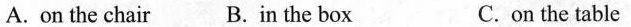
A. on the chair B.in the box C.on the table